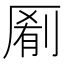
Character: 𫨖